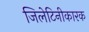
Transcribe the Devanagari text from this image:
जिलेटिनीकारक